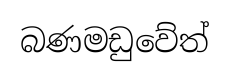
බණමඩුවේත්